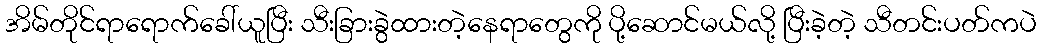
အိမ်တိုင်ရာရောက်ခေါ်ယူပြီး သီးခြားခွဲထားတဲ့နေရာတွေကို ပို့ဆောင်မယ်လို့ ပြီးခဲ့တဲ့ သီတင်းပတ်ကပဲ